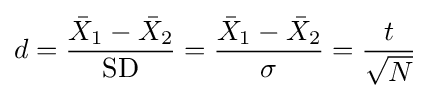
d={\frac {{\bar {X}}_{1}-{\bar {X}}_{2}}{\text{SD}}}={\frac {{\bar {X}}_{1}-{\bar {X}}_{2}}{\sigma }}={\frac {t}{\sqrt {N}}}